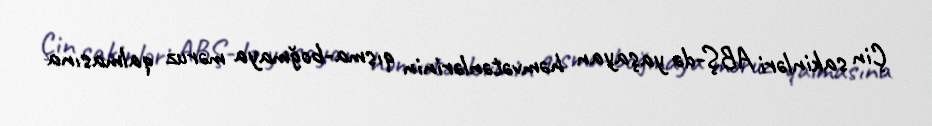
Çin sakinləri ABŞ-də yaşayan həmvətənlərinin qısma-boğmaya məruz qalmasına